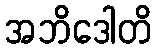
အဘိဒေါတိ